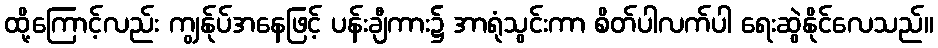
ထို့ကြောင့်လည်း ကျွန်ုပ်အနေဖြင့် ပန်းချီကား၌ အာရုံသွင်းကာ စိတ်ပါလက်ပါ ရေးဆွဲနိုင်လေသည်။